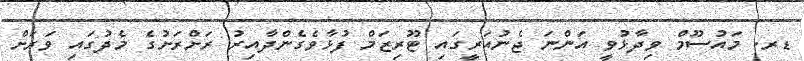
ޑރ. މައުސޫމް ވިދާޅުވީ އަންނަ ޖެނުއަރީގައި ޓޫރިޒަމް ފުޅާވެގެންދާއިރު ރަށްރަށުގެ މެދުގައި ވަރަށް